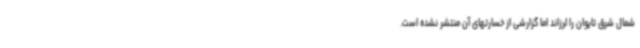
شمال شرق تایوان را لرزاند اما گزارشی از خسارتهای آن منتشر نشده است.